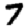
Digit: 7